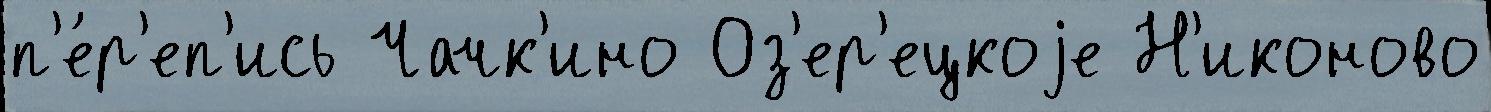
п'е́р'еп'ись Чачк'ино Оз'ер'ецкоjе Н'иконово